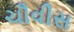
ચૌવીસ